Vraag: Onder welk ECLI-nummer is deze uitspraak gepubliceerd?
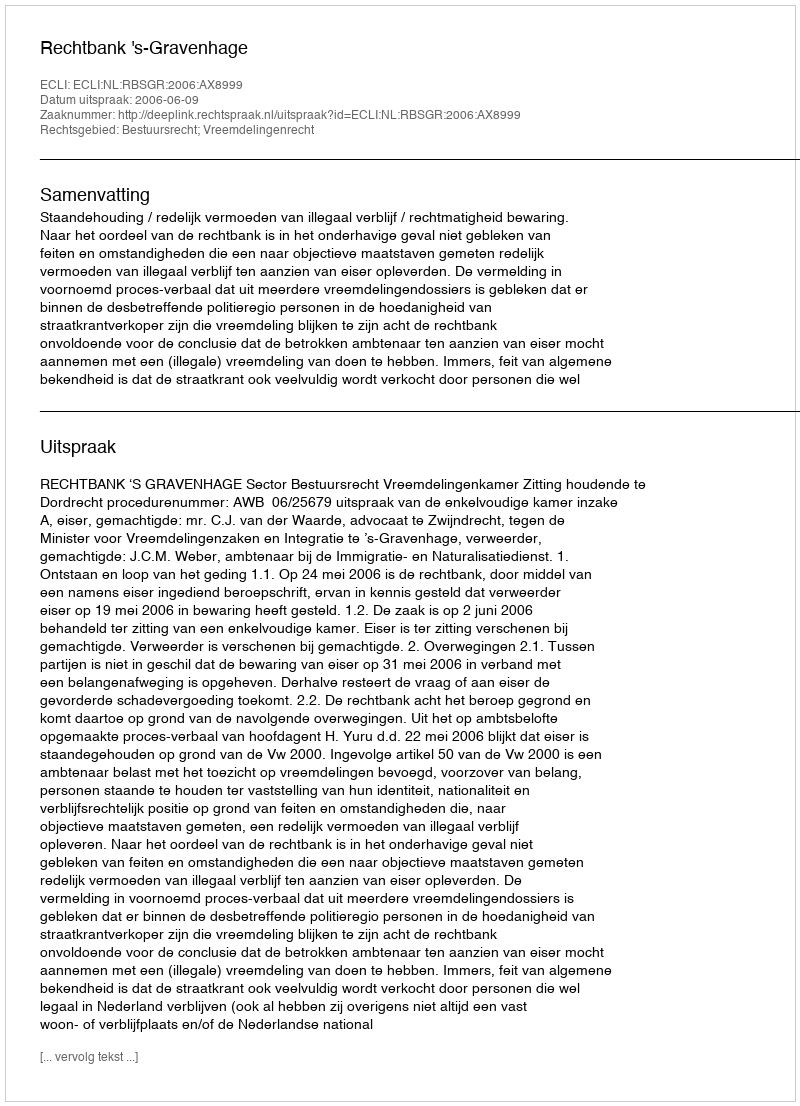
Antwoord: ECLI:NL:RBSGR:2006:AX8999